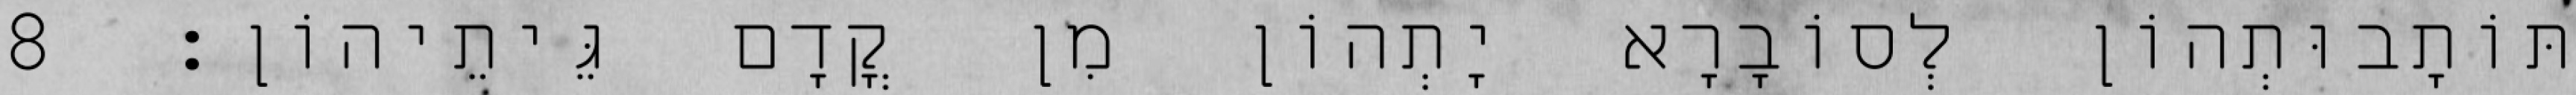
תּוֹתָבוּתְהוֹן לְסוֹבָרָא יָתְהוֹן מִן קֳדָם גֵּיתֵיהוֹן׃ 8